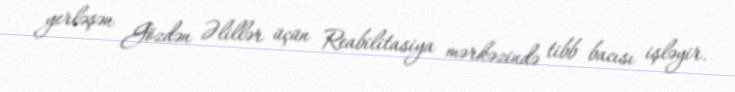
yerləşən Gözdən Əlillər üçün Reabilitasiya mərkəzində tibb bacısı işləyir.